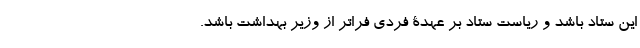
این ستاد باشد و ریاست ستاد بر عهدۀ فردی فراتر از وزیر بهداشت باشد.